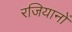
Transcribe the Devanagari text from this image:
रजियानों